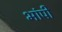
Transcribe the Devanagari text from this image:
भांपी